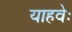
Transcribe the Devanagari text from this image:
याहवेः